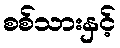
စစ်သားနှင့်